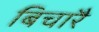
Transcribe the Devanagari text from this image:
बिचारै